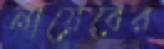
নায়েবের